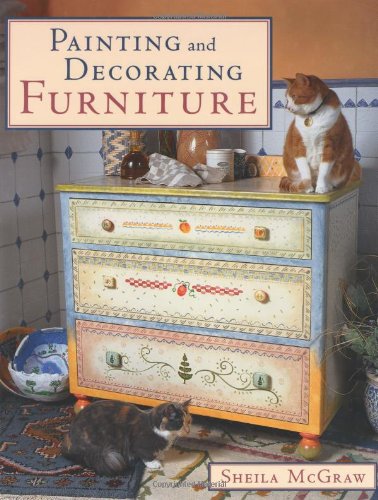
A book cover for Painting and Decorating Furniture; Sheila McGraw; Crafts, Hobbies & Home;